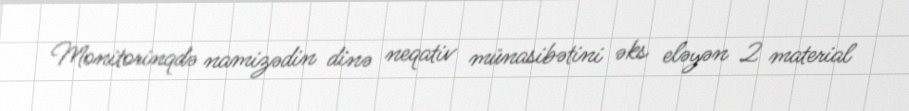
Monitorinqdə namizədin dinə neqativ münasibətini əks eləyən 2 material